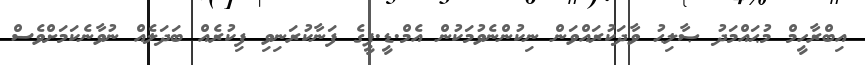
އިބްރާހީމް މުޙައްމަދު ޞާލިޙު ވާދަކުރައްވަން ނިކުންނެވުމަކުން އެމް.ޑީ.ޕީގެ ފަނާކުރަނިވި ފިކުރެއް ބަދަލެއް ނުވާނެކަމަށްވެސް